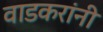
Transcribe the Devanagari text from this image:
वाडकरांनी